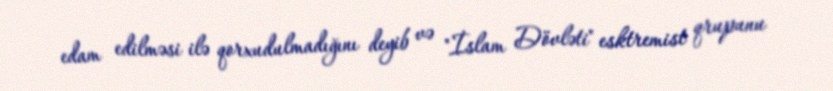
edam edilməsi ilə qorxudulmadığını deyib və "İslam Dövləti" esktremist qrupunu